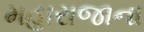
મહારાજાના